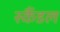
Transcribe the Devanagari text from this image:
स्‍कैंडल